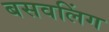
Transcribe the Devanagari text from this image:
बसवलिंग